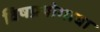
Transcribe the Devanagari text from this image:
विषप्रयोगाचा